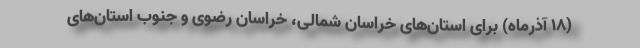
(۱۸ آذرماه) برای استان‌های خراسان شمالی، خراسان رضوی و جنوب استان‌های